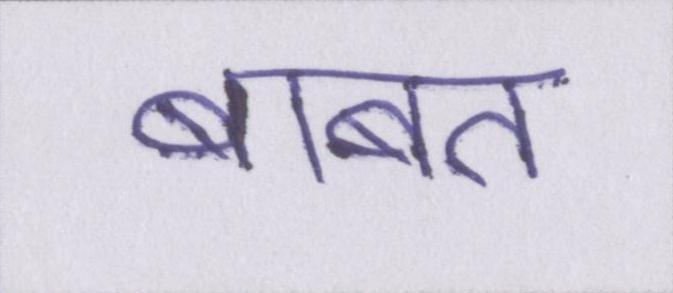
बाबत